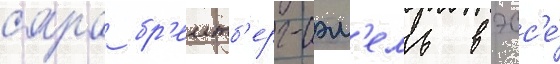
сара бр'еитб'ерг-сэм'ель в эсс'е́